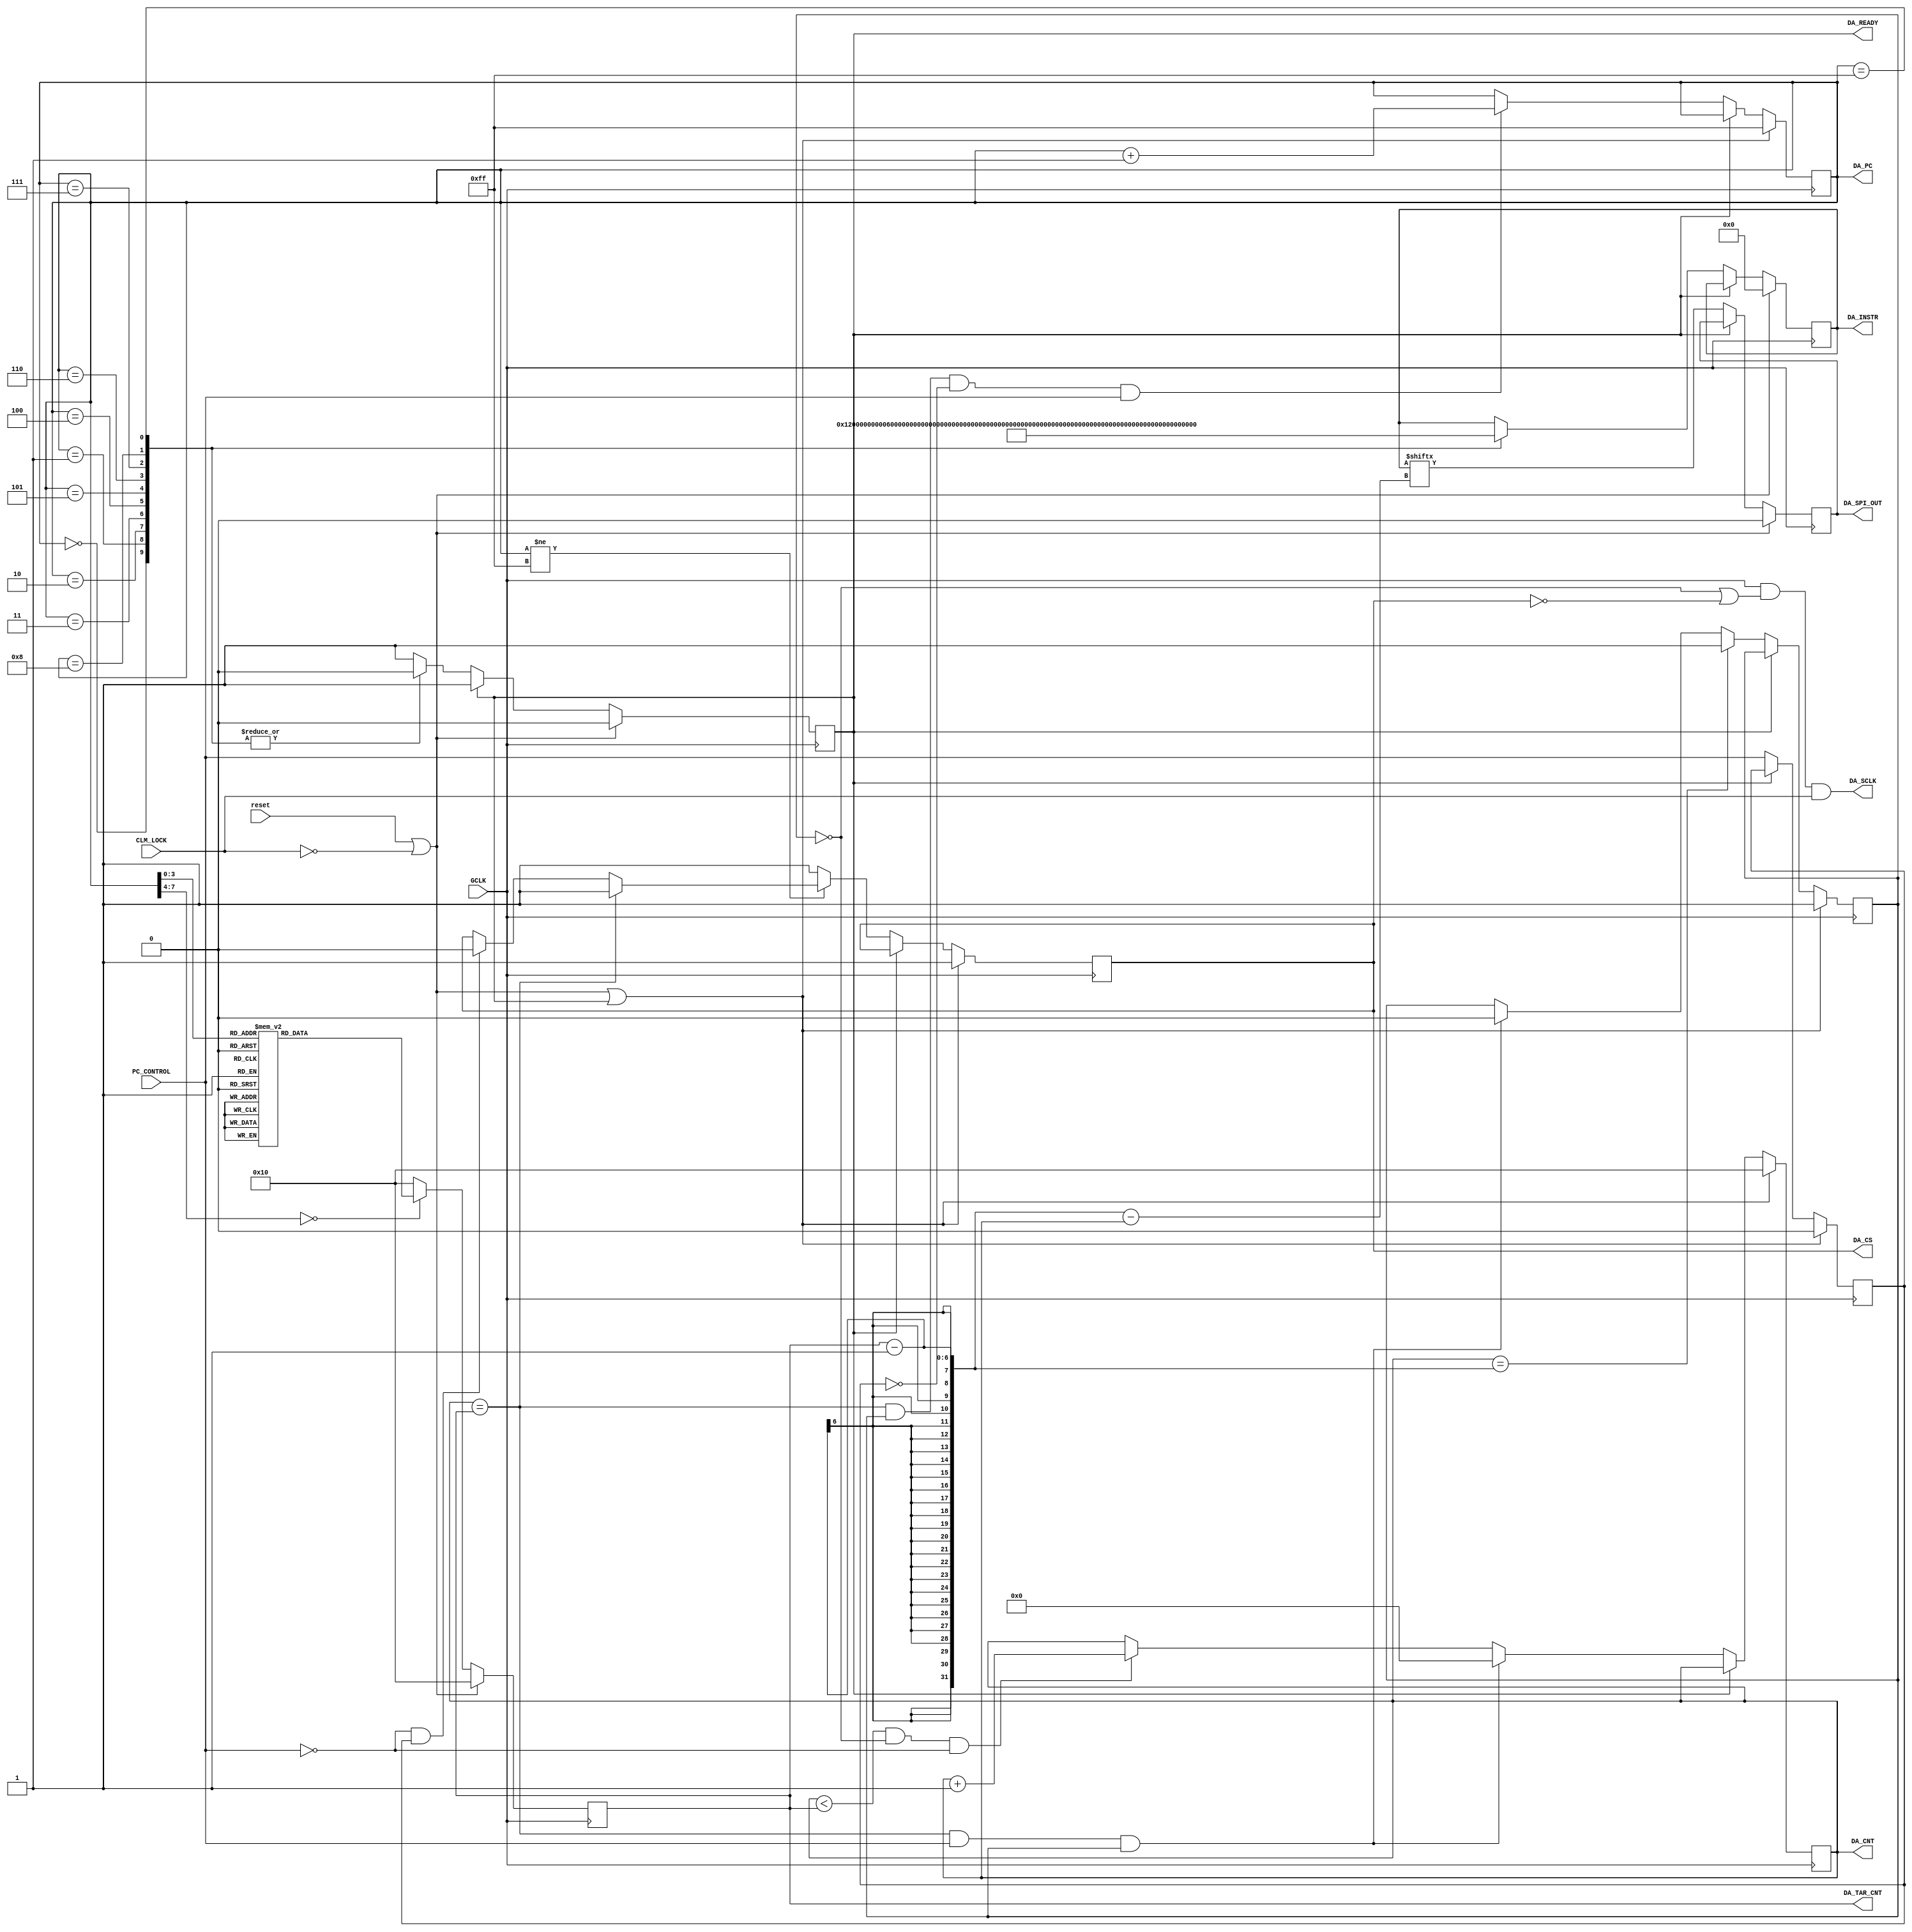
// SPI generation for ad9788
// Reconstructed from previous DASPI.v built in 2021.4.30
// Using Larger DA_CNT to create buffer state, which replace the previous solutio of using other signal to generate and determine the buffer state
//2021.11.5
//Modified in 2021.11.7, correct the byte length and the CS logic. Previous release divide the information into block of 8 bites, 
//and divide each with CS pulling high, which is not desired in this design. Current release is not recommended before DA_SPI_BASE is tested
module DA_SPI_RE(
    output DA_SCLK,
    input   reset,
    input   PC_CONTROL,
    input   GCLK,
    input   CLM_LOCK,

    output reg  DA_CS,
    output reg  DA_SPI_OUT,
    output  reg DA_READY,
    output  reg [39:0]   DA_INSTR,
    output  reg [7:0]   DA_PC,
    output  reg [5:0]   DA_CNT,
    output  reg [5:0] DA_TAR_CNT
);
reg CNT_FLAG;//Flag for count complete;
reg PC_REC;
initial begin
    PC_REC <= 0;
    DA_CS <= 1;
    DA_SPI_OUT <= 1;
    DA_INSTR <= 8'd0;
    DA_READY <= 0;
    DA_CNT <= 6'd16;
    DA_PC <= 32'hff;
    DA_TAR_CNT <= 6'd16;
    CNT_FLAG <= 1;
end
assign DA_SCLK = GCLK & (~CNT_FLAG | ~DA_CS) & CLM_LOCK;
// assign  DA_SCLK = GCLK;
//Counter Controlling
always @(posedge GCLK) begin
    if(reset == 1  || CLM_LOCK == 0 || DA_READY == 1) begin
        DA_CNT <= 6'd16;
        DA_PC <= 8'hff;
        CNT_FLAG <= 1;
        PC_REC <= 0;
    end
    else if(DA_READY == 0) begin
        if(DA_CNT == DA_TAR_CNT && PC_CONTROL == 1 && CNT_FLAG == 1) begin
            DA_CNT <= 6'd0;
            CNT_FLAG <= 0;
        end
        // else if(DA_CNT == 3'd0 && PC_CONTROL == 0 && PC_REC == 1) begin
        //     DA_CNT <= DA_CNT;
        // end
        else if(DA_CNT < DA_TAR_CNT && CNT_FLAG == 0 && PC_CONTROL == 0) begin
            DA_CNT <= DA_CNT + 1;
        end
        if(DA_CNT == (DA_TAR_CNT) && CNT_FLAG == 1 && PC_REC == 0 && PC_CONTROL == 1) begin
            DA_PC <= DA_PC + 1;
        end
        if(DA_CNT == (DA_TAR_CNT - 1)) begin
            CNT_FLAG <= 1;
        end
        PC_REC <= PC_CONTROL;
    end
end

//Chip Select Controlling
always @(negedge GCLK) begin
    if(reset == 1  || CLM_LOCK == 0 || DA_READY == 1) begin
        DA_CS <= 1;
    end
    else if(DA_READY == 0) begin
        if(DA_PC != 8'hff) begin
            if(DA_CNT == DA_TAR_CNT) begin
                DA_CS <= 1;
            end
            else if(PC_CONTROL == 0 && PC_REC == 1) begin
                DA_CS <= 0;
            end
        end
        else begin
            DA_CS <= 1;
        end
    end
end
//Output Clock Controlling
// always @(posedge GCLK) begin
//     if(reset == 1) begin
//         DA_SCLK <= 0;
//     end
//     else begin
//         if(DA_CS == 0) begin
//             DA_SCLK <= ~DA_SCLK;
//         end
//     end
// end
//Data output address Controlling
//2021.11.14 Add a soft reset instruction
always @(posedge GCLK) begin
    if(reset == 1  || CLM_LOCK == 0) begin
        DA_INSTR <= 8'h00;
        DA_READY <= 0;
    end
    else if(DA_READY == 0) begin
        case (DA_PC)
        8'h0:       DA_INSTR <= 16'h0012;//W0x0-reset 2021.11.14
        8'h01:       DA_INSTR <= 16'h0006;//W0x0
        8'h02:       DA_INSTR <= 24'h010180;//W0x1
        8'h03:       DA_INSTR <= 24'h02000C;//0x2
        8'h04:       DA_INSTR <= 40'h0380000400; //0x3
        8'h05:      DA_INSTR <= 32'h046FB3FF;//0x4
        // // 8'h10:      DA_INSTR <= 8'hFF;//Intend for Pll band auto.
        // // 8'h0F:      DA_INSTR <= 8'b10110011;//N1 = 01 N2 = 10
        // // 8'h0E:      DA_INSTR <= 8'b01101111;
        // 8'h5:      DA_INSTR <= 24'h0501F9;//0x5
        // // 8'h13:      DA_INSTR <= 8'hF9;
        // // 8'h12:      DA_INSTR <= 8'h01;
        // 8'h6:      DA_INSTR <= 24'h060000;//0x6
        // 8'h7:      DA_INSTR <= 24'h0701F9;//0x7
        // // 8'h19:      DA_INSTR <= 8'hF9;
        // // 8'h18:      DA_INSTR <= 8'h01;
        // 8'h8:       DA_INSTR <= 24'h080000;//0x8
        // // 8'h1C:      DA_INSTR <= 8'h00;
        // // 8'h1B:      DA_INSTR <= 8'h00;
        // 8'h9:      DA_INSTR <= 24'h090000;//0x9
        // // 8'h1F:      DA_INSTR <= 8'h00;
        // // 8'h1E:      DA_INSTR <= 8'h00;
        8'h06:      DA_INSTR <= 40'h0A80000000;//0xA
        // // 8'h24:      DA_INSTR <= 8'h0;
        // // 8'h23:      DA_INSTR <= 8'h0;
        // // 8'h22:      DA_INSTR <= 8'h0;
        // // 8'h21:      DA_INSTR <= 8'h10;
        // 8'h0B:      DA_INSTR <= 40'h0B00000000;//0xB
        // // 8'h29:      DA_INSTR <= 8'h0;
        // // 8'h28:      DA_INSTR <= 8'h0;
        // // 8'h27:      DA_INSTR <= 8'h0;
        // // 8'h26:      DA_INSTR <= 8'h0;
        // 8'h0C:      DA_INSTR <= 32'h0C010080;//0xC
        // // 8'h2D:      DA_INSTR <= 8'h80;
        // // 8'h2C:      DA_INSTR <= 8'h0;
        // // 8'h2B:      DA_INSTR <= 8'h01;
        // 8'h0D:      DA_INSTR <= 40'h0D00000000;//0xD
        // // 8'h32:      DA_INSTR <= 8'h00;
        // // 8'h31:      DA_INSTR <= 8'h00;
        // // 8'h30:      DA_INSTR <= 8'h00;
        // // 8'h2F:      DA_INSTR <= 8'h00;
        8'h07:      DA_INSTR <= 24'h890000;
        // 8'h33:      DA_INSTR <= 8'h89; //0x04
        // 8'h34:      DA_INSTR <= 8'b0;
        // 8'h35:      DA_INSTR <= 8'h0;
        8'h08:      DA_INSTR <= 40'h8A00000000;
        8'hff:      DA_INSTR <= 8'h0;//Empty
        default:    begin
                    DA_READY <= 1;
                    end
        endcase
    end
end
//Data Width counter Controlling
always @(posedge GCLK) begin
    if(reset == 1 || CLM_LOCK == 0) begin
        DA_TAR_CNT <= 64'h10;
    end
    else begin
        case (DA_PC)
            8'h00: DA_TAR_CNT <= 64'd16;
            8'h01: DA_TAR_CNT <= 64'd16;
            8'h02: DA_TAR_CNT <= 64'd24;
            8'h03:  DA_TAR_CNT <= 64'd24;
            8'h04:  DA_TAR_CNT <= 64'd40;
            8'h05:  DA_TAR_CNT <= 64'd32;
            // 8'h05:  DA_TAR_CNT <= 64'd24;
            // 8'h06:  DA_TAR_CNT <= 64'd24;
            // 8'h07:  DA_TAR_CNT <= 64'd24;
            // 8'h08:  DA_TAR_CNT <= 64'd24;
            // 8'h09:  DA_TAR_CNT <= 64'd24;
            8'h06:  DA_TAR_CNT <= 64'd40;
            // 8'h0B:  DA_TAR_CNT <= 64'd40;
            // 8'h0C:  DA_TAR_CNT <= 64'd32;
            // 8'h0D:  DA_TAR_CNT <= 64'd40;
            8'h07:  DA_TAR_CNT <= 64'd24;
            8'h08:  DA_TAR_CNT <= 64'd40;
            default: 
                DA_TAR_CNT <= 64'd16;
        endcase
    end
end
//spi data out controlling
always @(posedge GCLK) begin
    if(reset == 1  || CLM_LOCK == 0)begin
        DA_SPI_OUT <= 0; 
    end
    else if(DA_READY == 0) begin
        DA_SPI_OUT <= DA_INSTR[DA_TAR_CNT - 1 - DA_CNT];
    end
end
endmodule